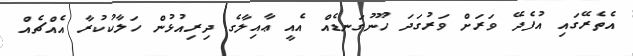
އެތެރޭގައި އުފެދޭ ވަރަށް ވަރުގަދަ ހޫނުގަނޑެއް އެއީ ޢާއިލާގެ ދިރިއުޅުން ހަލާކުކުރާ އެއްޗެއް